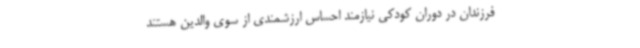
فرزندان در دوران کودکی نیازمند احساس ارزشمندی از سوی والدین هستند